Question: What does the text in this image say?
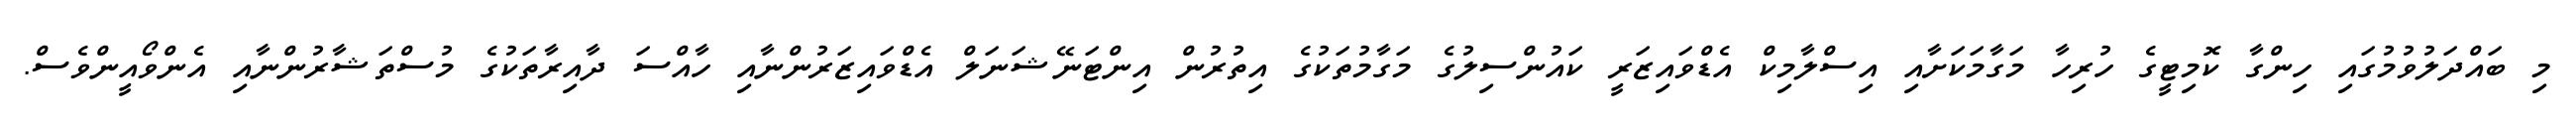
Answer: މި ބައްދަލުވުމުގައި ހިންގާ ކޮމިޓީގެ ހުރިހާ މަގާމަކަށާއި އިސްލާމިކް އެޑްވައިޒަރީ ކައުންސިލުގެ މަގާމުތަކުގެ އިތުރުން އިންޓަނޭޝަނަލް އެޑްވައިޒަރުންނާއި ހާއްސަ ދާއިރާތަކުގެ މުސްތަޝާރުންނާއި އެންވޯއީންވެސް.